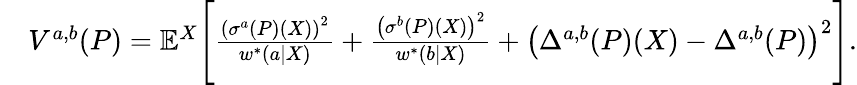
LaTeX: \begin{array}{rl}&{V^{a,b}(P)=\mathbb{E}^{X}\Bigg[\frac{\left(\sigma^{a}(P)(X)\right)^{2}}{w^{*}(a|X)}+\frac{\left(\sigma^{b}(P)(X)\right)^{2}}{w^{*}(b|X)}+\left(\Delta^{a,b}(P)(X)-\Delta^{a,b}(P)\right)^{2}\Bigg].}\end{array}